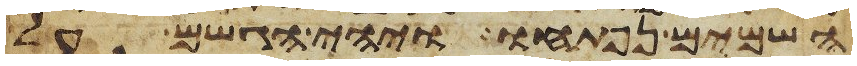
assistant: השמים נפתחו ויהי הגשם על